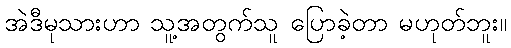
အဲဒီမုသားဟာ သူ့အတွက်သူ ပြောခဲ့တာ မဟုတ်ဘူး။